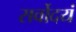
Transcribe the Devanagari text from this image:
सर्वोदयं